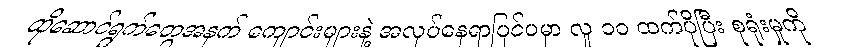
ထိုဆောင်ရွက်တွေအနက် ကျောင်းများနဲ့ အလုပ်နေရာပြင်ပမှာ လူ ၁၀ ထက်ပိုပြီး စုရုံးမှုကို